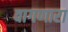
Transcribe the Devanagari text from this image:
वागणारा